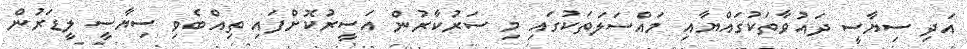
އަދި ސިޔާސީ ދައުވާތަކުގައްޔާއި މައްސަލަތަކުގައި މި ސަރުކާރުން އަސީރުކޮށްފައި ތިއްބެވި ސިޔާސީ ލީޑަރުން